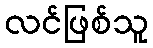
လင်ဖြစ်သူ